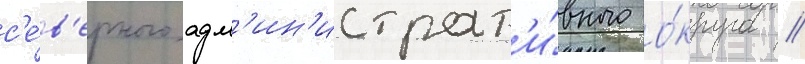
с'е́в'ерного адм'ин'истрат'и́вного о́круга //